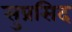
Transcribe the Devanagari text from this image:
सुप्रसिद